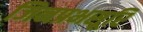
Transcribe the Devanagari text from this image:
जिनप्रभसूरि